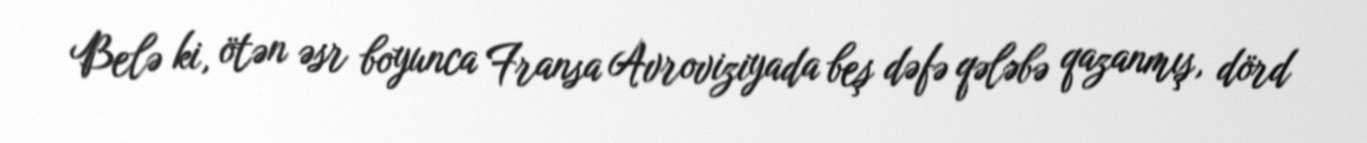
Belə ki, ötən əsr boyunca Fransa Avroviziyada beş dəfə qələbə qazanmış, dörd